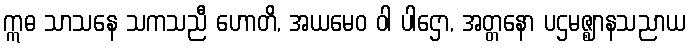
ဣဓ သာသနေ သကသညီ ဟောတိ, အယမေဝ ဝါ ပါဌော, အတ္တနော ပဌမဇ္ဈာနသညာယ